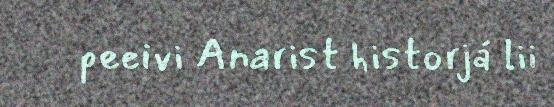
peeivi Anarist historjá lii